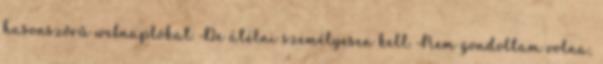
hasonszőrű webnaplókat. De átélni személyesen kell. Nem gondoltam volna,